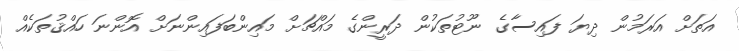
އަތަށް އަރަމުން ދިޔަ ފައިސާގެ ނޫޓުތަކުން ދަރީންގެ މައްޗަށް މައިންބަފައިންނަށް އޮންނަ ހައްޤުތަކެއް